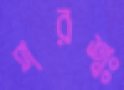
পরশ্বঃ